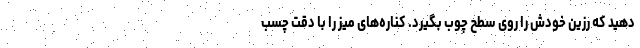
دهید که رزین خودش را روی سطح چوب بگیرد. کناره‌های میز را با دقت چسب